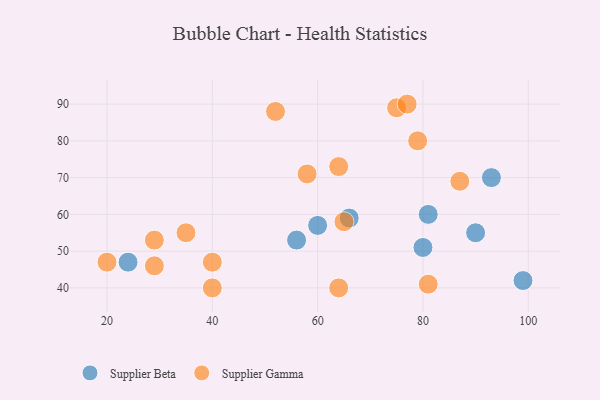
{"axis": {"x": "GDP", "y": "Life Expectancy"}, "legend": ["Supplier Beta", "Supplier Gamma"], "data": [{"x": "60", "y": 57, "type": "Supplier Beta"}, {"x": "93", "y": 70, "type": "Supplier Beta"}, {"x": "90", "y": 55, "type": "Supplier Beta"}, {"x": "99", "y": 42, "type": "Supplier Beta"}, {"x": "80", "y": 51, "type": "Supplier Beta"}, {"x": "24", "y": 47, "type": "Supplier Beta"}, {"x": "66", "y": 59, "type": "Supplier Beta"}, {"x": "81", "y": 60, "type": "Supplier Beta"}, {"x": "56", "y": 53, "type": "Supplier Beta"}, {"x": "87", "y": 69, "type": "Supplier Gamma"}, {"x": "40", "y": 47, "type": "Supplier Gamma"}, {"x": "81", "y": 41, "type": "Supplier Gamma"}, {"x": "29", "y": 46, "type": "Supplier Gamma"}, {"x": "75", "y": 89, "type": "Supplier Gamma"}, {"x": "65", "y": 58, "type": "Supplier Gamma"}, {"x": "58", "y": 71, "type": "Supplier Gamma"}, {"x": "29", "y": 53, "type": "Supplier Gamma"}, {"x": "64", "y": 40, "type": "Supplier Gamma"}, {"x": "79", "y": 80, "type": "Supplier Gamma"}, {"x": "64", "y": 73, "type": "Supplier Gamma"}, {"x": "40", "y": 40, "type": "Supplier Gamma"}, {"x": "20", "y": 47, "type": "Supplier Gamma"}, {"x": "77", "y": 90, "type": "Supplier Gamma"}, {"x": "35", "y": 55, "type": "Supplier Gamma"}, {"x": "52", "y": 88, "type": "Supplier Gamma"}]}